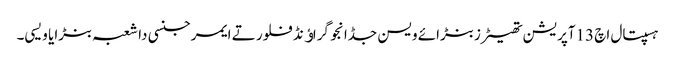
ہسپتال اچ 13آپریشن تھیٹرز بنڑائے ویسن جڈانجو گراﺅنڈ فلور تے ایمرجنسی دا شعبہ بنڑایا ویسی۔